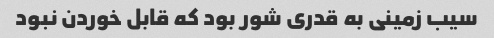
سیب زمینی به قدری شور بود که قابل خوردن نبود